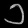
Digit: ၁